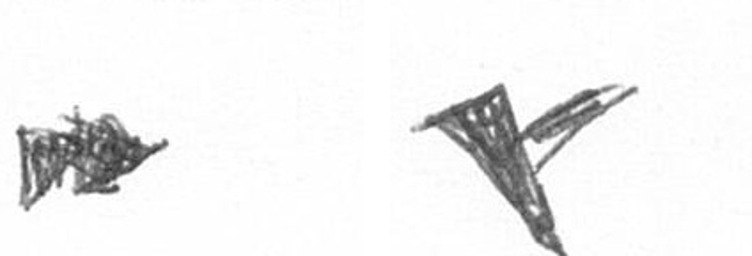
A F